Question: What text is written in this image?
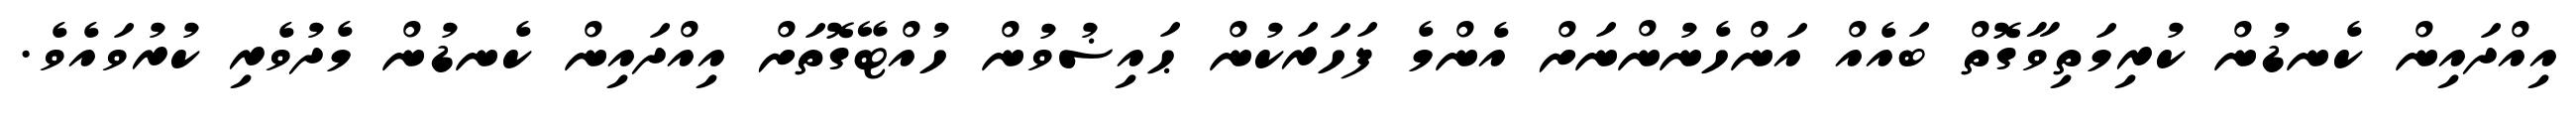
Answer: އިއްދައިން ކެނޑުން ކުރިމަތިވާގޮތް ބައެއް އަންހެނުންނަށް އެންމެ ފަހަރަކުން ޙައިޟުވުން ހުއްޓޭގޮތަށް އިއްދައިން ކެނޑުން މެދުވެރި ކުރުވައެވެ.